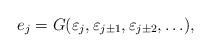
LaTeX: \begin{align*} e_j=G(\varepsilon_j,\varepsilon_{j\pm1}, \varepsilon_{j\pm2},\ldots),\end{align*}